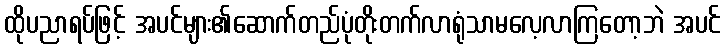
ထိုပညာရပ်ဖြင့် အပင်များ၏ဆောက်တည်ပုံတိုးတက်လာရုံသာမလေ့လာကြတော့ဘဲ အပင်